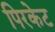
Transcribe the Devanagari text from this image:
पिरकेट